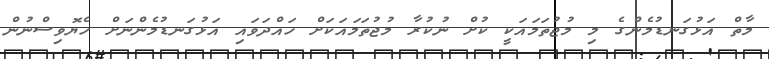
މާތް އަޅުގަނޑުމެންގެ މި މުޖުތަމައަކީ ކުށް ނުކުރާ މުޖުތަމައަކަށް ހައްދަވައި އަޅުގަނޑުމެންނަށް ހެޔޮވިސްނުން